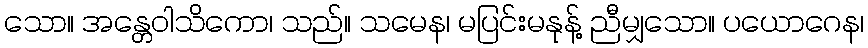
သော။ အန္တေဝါသိကော၊ သည်။ သမေန၊ မပြင်းမနုန့် ညီမျှသော။ ပယောဂေန၊